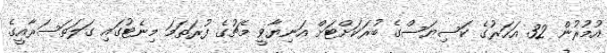
އުމުރުން 32 އަހަރުގެ ކަސިޔަސްގެ ބުރަކަށްޓަށް އަނިޔާވީ މެޗުގެ ފުރަތަމަ މިނެޓުގައި ގަލަތަސަރާއީގެ